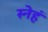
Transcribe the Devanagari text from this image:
स्नेहं